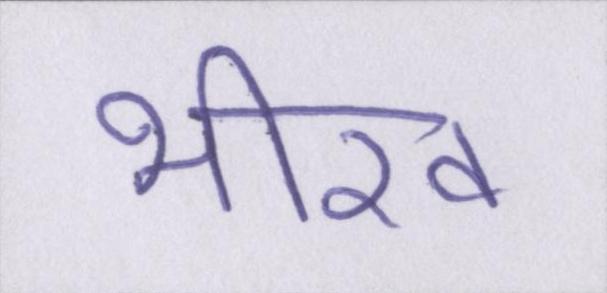
भीख